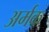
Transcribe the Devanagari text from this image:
अर्मक